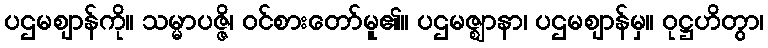
ပဌမဈာန်ကို။ သမ္မာပဇ္ဇိ၊ ဝင်စားတော်မူ၏။ ပဌမဇ္ဈာနာ၊ ပဌမဈာန်မှ။ ဝုဋ္ဌဟိတွာ၊